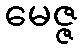
မေဇ္ဇ